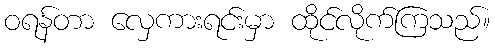
ဝရန်တာ လှေကားရင်းမှာ ထိုင်လိုက်ကြသည်။